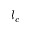
l _ { c }